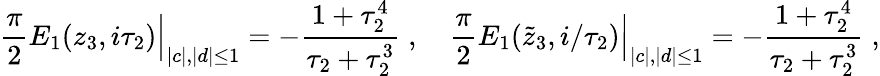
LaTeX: {\frac{\pi}{2}}E_{1}(z_{3},i\tau_{2})\Big|_{|c|,|d|\leq 1}=-{\frac{1+\tau_{2}^{4}}{\tau_{2}+\tau_{2}^{3}}}\; ,\quad{\frac{\pi}{2}}E_{1}(\tilde{z}_{3},i/\tau_{2})\Big|_{|c|,|d|\leq 1}=-{\frac{1+\tau_{2}^{4}}{\tau_{2}+\tau_{2}^{3}}}\; ,